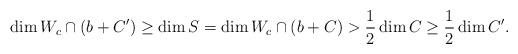
LaTeX: \begin{align*}\dim W_c \cap (b + C') \geq \dim S = \dim W_c \cap (b + C) > \frac{1}{2} \dim C \geq \frac{1}{2} \dim C'.\end{align*}